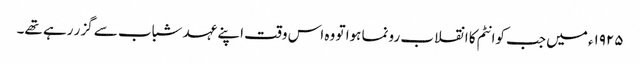
١٩٢٥ء میں جب کوانٹم کا انقلاب رونما ہوا تو وہ اس وقت اپنے عہد شباب سے گزر رہے تھے۔